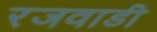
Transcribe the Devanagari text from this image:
रजवाडी